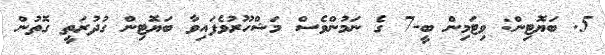
5. ބަޔޮޓިން: ވިޓަމިން ބީ-7 ގެ ނަމުންވެސް މަޝްހޫރުވެފައިވާ ބަޔޮޓިން ގުދުރަތީ ގޮތުން